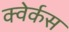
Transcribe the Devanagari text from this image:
क्वेर्कस